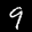
Label: 9